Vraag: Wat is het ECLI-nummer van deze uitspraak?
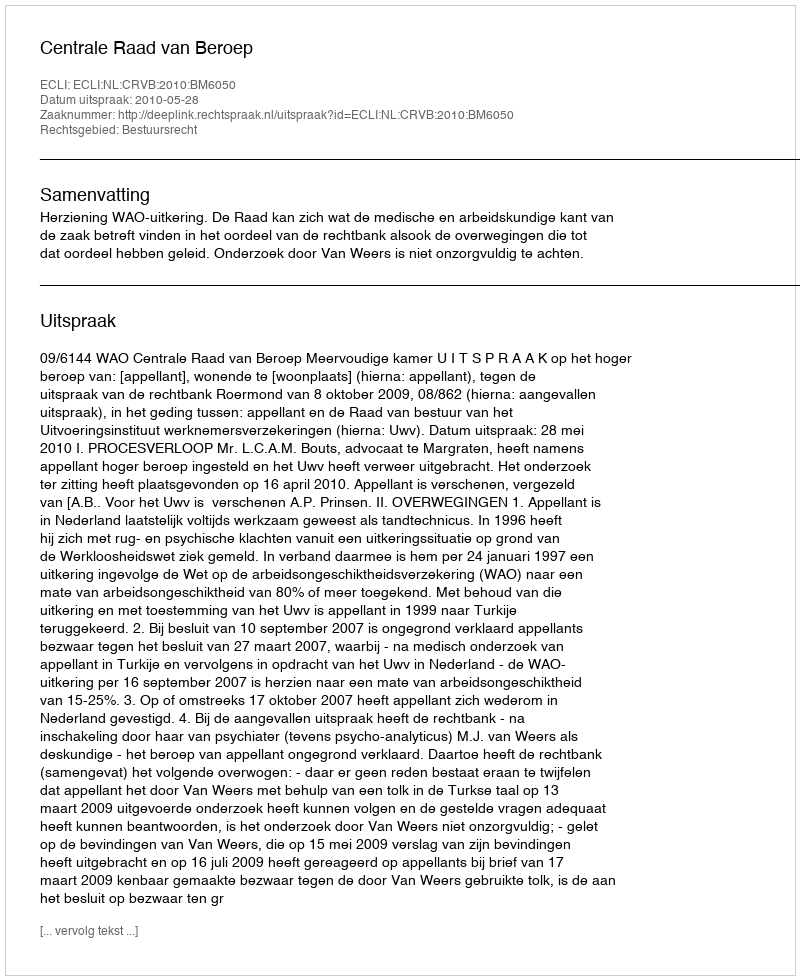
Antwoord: ECLI:NL:CRVB:2010:BM6050